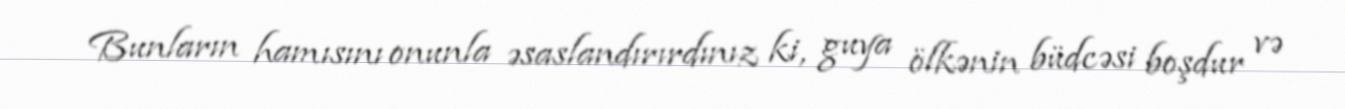
Bunların hamısını onunla əsaslandırırdınız ki, guya ölkənin büdcəsi boşdur və